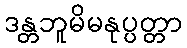
ဒန္တဘူမိမနုပ္ပတ္တာ